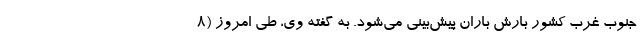
جنوب غرب کشور بارش باران پیش‌بینی می‌شود. به گفته وی، طی امروز (۸